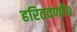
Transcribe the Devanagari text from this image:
हरितवर्णांध